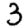
Digit: 3